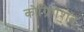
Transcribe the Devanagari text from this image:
कोग्रिगेशन